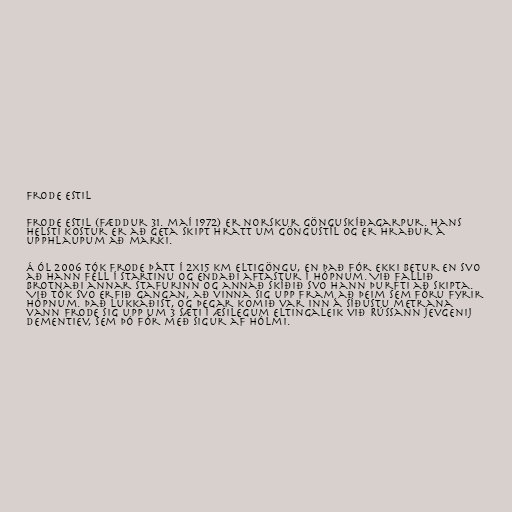
Frode Estil

Frode Estil (fæddur 31. maí 1972) er norskur gönguskíðagarpur. Hans
helsti kostur er að geta skipt hratt um göngustíl og er hraður á
upphlaupum að marki.

Á ÓL 2006 tók Frode þátt í 2x15 km eltigöngu, en það fór ekki betur en svo
að hann féll í startinu og endaði aftastur í hópnum. Við fallið
brotnaði annar stafurinn og annað skíðið svo hann þurfti að skipta.
Við tók svo erfið gangan, að vinna sig upp fram að þeim sem fóru fyrir
hópnum. Það lukkaðist, og þegar komið var inn á síðustu metrana
vann Frode sig upp um 3 sæti í æsilegum eltingaleik við Rússann Jevgenij
Dementiev, sem þó fór með sigur af hólmi.